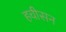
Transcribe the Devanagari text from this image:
हचीसन